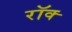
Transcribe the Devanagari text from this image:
रॉक्‍